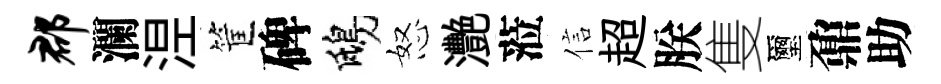
郡瀾𣵀筐碑鴟怒灧蒞信超朕隻璽鼐助